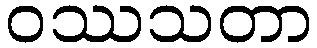
ဝဿသတာ